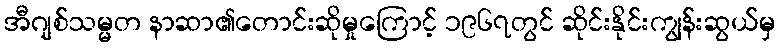
အီဂျစ်သမ္မတ နာဆာ၏တောင်းဆိုမှုကြောင့် ၁၉၆၇တွင် ဆိုင်းနိုင်းကျွန်းဆွယ်မှ